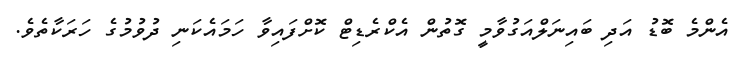
އެންމެ ބޮޑު އަދި ބައިނަލްއަގުވާމީ ގޮތުން އެކްރެޑިޓް ކޮށްފައިވާ ހަމައެކަނި ދުވުމުގެ ހަރަކާތެވެ.